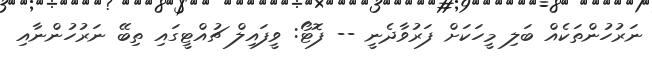
ނަރުހުންތަކެއް ބަލި މީހަކަށް ފަރުވާދެނީ -- ފޮޓޯ: ވީފައިލް ޗުއްޓީގައި ތިބޭ ނަރުހުންނާއި